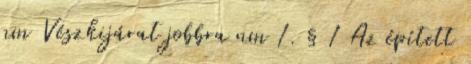
nm Vészkijárat jobbra nm 1. § 1 Az épített